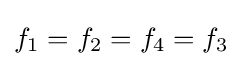
{\textstyle f_{1}=f_{2}=f_{4}=f_{3}}